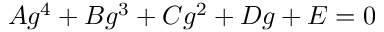
A g ^ { 4 } + B g ^ { 3 } + C g ^ { 2 } + D g + E = 0